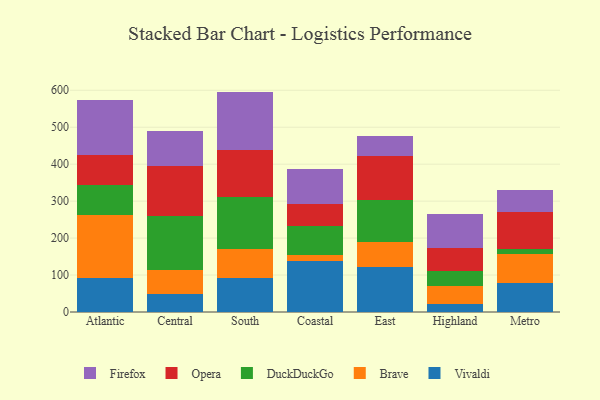
{"axis": {"x": "Region", "y": "Production Output"}, "legend": ["Brave", "DuckDuckGo", "Firefox", "Opera", "Vivaldi"], "data": [{"x": "Atlantic", "y": 93.2, "type": "Vivaldi"}, {"x": "Atlantic", "y": 169.6, "type": "Brave"}, {"x": "Atlantic", "y": 80.5, "type": "DuckDuckGo"}, {"x": "Atlantic", "y": 80.7, "type": "Opera"}, {"x": "Atlantic", "y": 151.0, "type": "Firefox"}, {"x": "Central", "y": 48.5, "type": "Vivaldi"}, {"x": "Central", "y": 65.5, "type": "Brave"}, {"x": "Central", "y": 144.6, "type": "DuckDuckGo"}, {"x": "Central", "y": 136.3, "type": "Opera"}, {"x": "Central", "y": 93.6, "type": "Firefox"}, {"x": "South", "y": 92.3, "type": "Vivaldi"}, {"x": "South", "y": 77.7, "type": "Brave"}, {"x": "South", "y": 141.2, "type": "DuckDuckGo"}, {"x": "South", "y": 128.4, "type": "Opera"}, {"x": "South", "y": 156.8, "type": "Firefox"}, {"x": "Coastal", "y": 139.3, "type": "Vivaldi"}, {"x": "Coastal", "y": 16.2, "type": "Brave"}, {"x": "Coastal", "y": 77.5, "type": "DuckDuckGo"}, {"x": "Coastal", "y": 59.2, "type": "Opera"}, {"x": "Coastal", "y": 94.1, "type": "Firefox"}, {"x": "East", "y": 121.0, "type": "Vivaldi"}, {"x": "East", "y": 67.4, "type": "Brave"}, {"x": "East", "y": 114.3, "type": "DuckDuckGo"}, {"x": "East", "y": 119.4, "type": "Opera"}, {"x": "East", "y": 55.5, "type": "Firefox"}, {"x": "Highland", "y": 20.8, "type": "Vivaldi"}, {"x": "Highland", "y": 49.0, "type": "Brave"}, {"x": "Highland", "y": 40.1, "type": "DuckDuckGo"}, {"x": "Highland", "y": 63.9, "type": "Opera"}, {"x": "Highland", "y": 92.7, "type": "Firefox"}, {"x": "Metro", "y": 78.5, "type": "Vivaldi"}, {"x": "Metro", "y": 77.2, "type": "Brave"}, {"x": "Metro", "y": 15.4, "type": "DuckDuckGo"}, {"x": "Metro", "y": 100.3, "type": "Opera"}, {"x": "Metro", "y": 58.0, "type": "Firefox"}]}